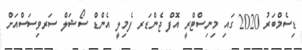
ޑިސެމްބަރު 2020 ގައި މިނިސްޓްރީ އޮފް ޖެންޑަރ ފެމިލީ އެންޑް ސޯޝަލް ސަރވިސަސްއަށް